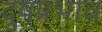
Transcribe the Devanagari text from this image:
दुषप्रभाव